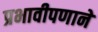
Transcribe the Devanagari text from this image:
प्रभावीपणाने